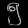
Digit: ၅